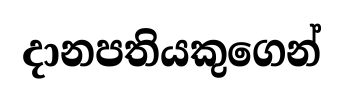
දානපතියකුගෙන්